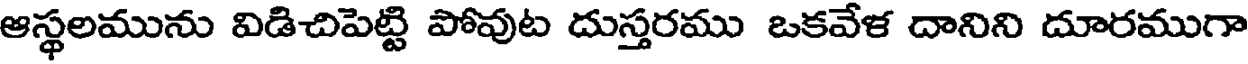
ఆస్థలమును విడిచిపెట్టి పోవుట దుస్తరము ఒకవేళ దానిని దూరముగా